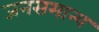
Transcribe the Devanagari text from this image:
जनसमान्य